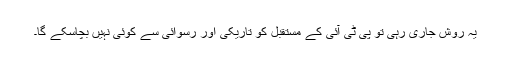
یہ روش جاری رہی تو پی ٹی آئی کے مستقبل کو تاریکی اور رسوائی سے کوئی نہیں بچاسکے گا۔